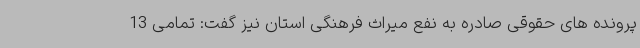
پرونده های حقوقی صادره به نفع میراث فرهنگی استان نیز گفت: تمامی 13